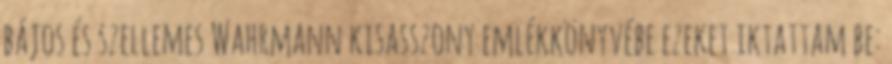
bájos és szellemes Wahrmann kisasszony emlékkönyvébe ezeket iktattam be: